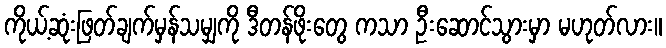
ကိုယ့်ဆုံးဖြတ်ချက်မှန်သမျှကို ဒီတန်ဖိုးတွေ ကသာ ဦးဆောင်သွားမှာ မဟုတ်လား။